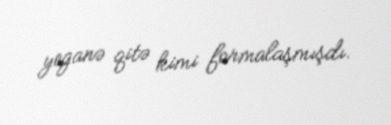
yeganə qitə kimi formalaşmışdı.